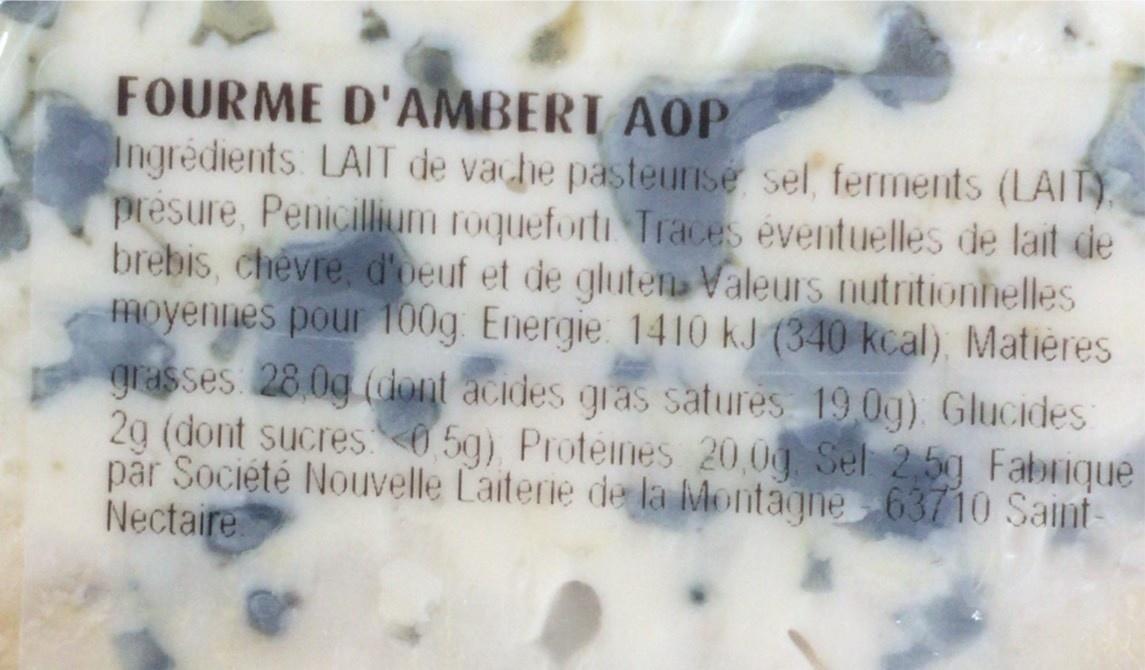
FOURME D'AMBERT AOP Ingrédients LAIT de vache pasteuise sel, ferments (LAIT presure, Penicillium roqueforti Traces éventuelles de lait de brebis, chevre, d'beuf et de gluten Valeurs nutritionnelles moyennes pour 100g Energie 1410 kJ (340 kcal) Matières grasses 28.0g (oiont acides gras satures 19.0g) Glucides 2g (dont sucres 0 5g) Protenes 20,00 Sel 2.5g Fabrique pår Societé Nouvelle Laiterie de la Montagne 63710 Sant Nectaire